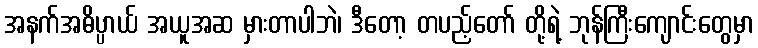
အနက်အဓိပ္ပာယ် အယူအဆ မှားတာပါဘဲ၊ ဒီတော့ တပည့်တော် တို့ရဲ့ ဘုန်ကြီးကျောင်းတွေမှာ